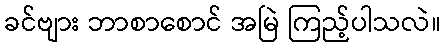
ခင်ဗျား ဘာစာစောင် အမြဲ ကြည့်ပါသလဲ။